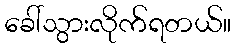
ခေါ်သွားလိုက်ရတယ်။